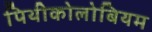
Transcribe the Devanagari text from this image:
पिथीकोलोबियम